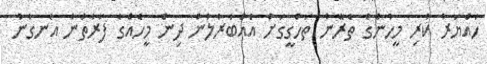
ހައްޔަރު ކުރި މީހުންގެ ތެރޭން ތަހްގީގަށް އެއްބާރުލުން ދިން މީހެއްގެ ފަރާތުން އެނގުނު